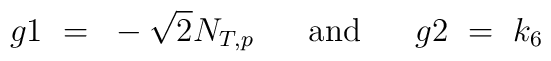
g1 ~ = ~ -\sqrt{2}N_{T,p}\ \ \ \ \ \mbox{and}\ \ \ \ \ g2 ~ = ~ k_6